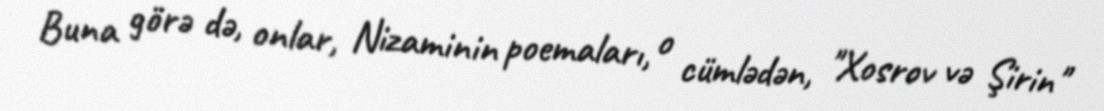
Buna görə də, onlar, Nizaminin poemaları, o cümlədən, "Xosrov və Şirin"